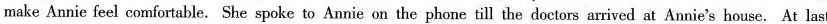
make Annie feel comfortable. She spoke to Annie on the phone till the doctors arrived at Annie's house.At last